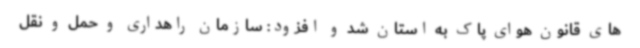
های قانون هوای پاک به استان شد و افزود: سازمان راهداری و حمل و نقل